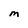
Character: M